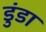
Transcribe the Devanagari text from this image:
डुंडा